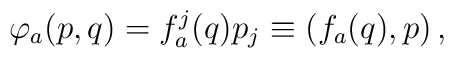
\varphi_a(p,q)=f^j_a(q)p_j\equiv(f_a(q),p)\,,